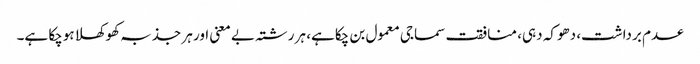
عدم برداشت، دھوکہ دہی، منافقت سماجی معمول بن چکاہے، ہر رشتہ بے معنی اور ہر جذبہ کھوکھلا ہوچکا ہے۔